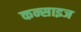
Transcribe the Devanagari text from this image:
कन्साइज